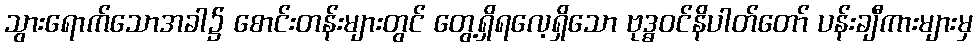
သွားရောက်သောအခါ၌ စောင်းတန်းများတွင် တွေ့ရှိရလေ့ရှိသော ဗုဒ္ဓဝင်နိပါတ်တော် ပန်းချီကားများမှ